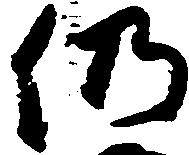
仍